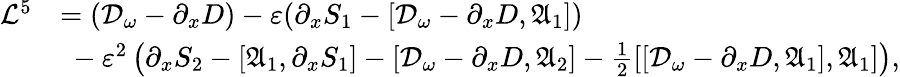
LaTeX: \begin{array}{rl}{\mathcal{L}^{5}}&{=(\mathcal{D}_{\omega}-\partial_{x}D)-\varepsilon(\partial_{x}S_{1}-[\mathcal{D}_{\omega}-\partial_{x}D,\mathfrak{A}_{1}])}\\ &{\ -\varepsilon^{2}\left(\partial_{x}S_{2}-[\mathfrak{A}_{1},\partial_{x}S_{1}]-[\mathcal{D}_{\omega}-\partial_{x}D,\mathfrak{A}_{2}]-\frac{1}{2}[[\mathcal{D}_{\omega}-\partial_{x}D,\mathfrak{A}_{1}],\mathfrak{A}_{1}]\right),}\end{array}